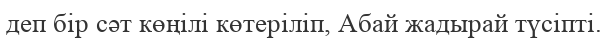
деп бір сәт көңілі көтеріліп, Абай жадырай түсіпті.